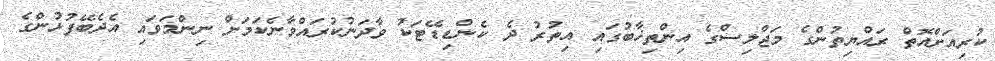
ކުރިއަށްއޮތް ރައްޔިތުންގެ މަޖްލިސްގެ އިންތިޚާބުގައި އިތުރު ދެ ކެންޑިޑޭޓަކު ވާދަނުކުރައްވާނެކަމަށް ނިންމަވައި އެދެބޭފުޅުންގެ